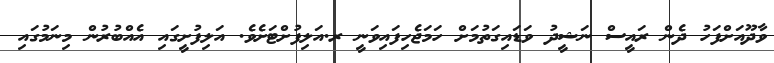
ވާދޫއަށްފަހު ދެން ރައީސް ނަޝީދު ވަޑައިގަތުމަށް ހަމަޖެހިފައިވަނީ ރ.އަލިފުށްޓަށެވެ. އަލިފުށީގައި އެއްބުރުން މިނަމުގައި